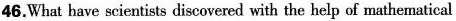
46.What have scientists discovered with the help of mathematical